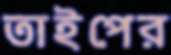
তাইপের